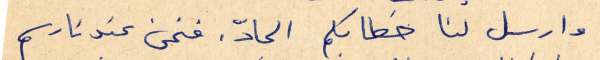
وارسل لنا خطابكم الحادّ. فنحن عندنا رسم